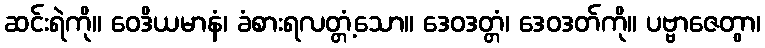
ဆင်းရဲကို။ ဝေဒိယမာနံ၊ ခံစားရလတ္တံ့သော။ ဒေဝဒတ္တံ၊ ဒေဝဒတ်ကို။ ပဗ္ဗာဇေတွာ၊